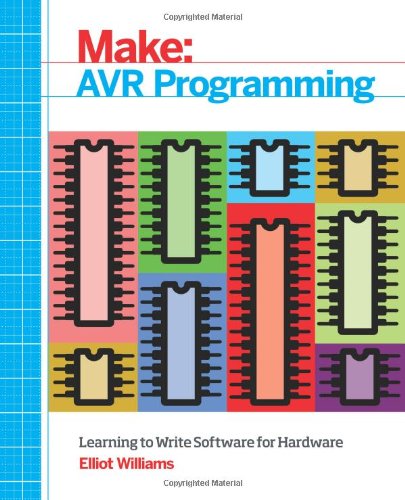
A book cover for Make: AVR Programming: Learning to Write Software for Hardware; Elliot Williams; Computers & Technology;